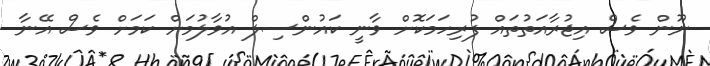
ނޫން ވެސް އިޖުރާއަތުތައް ފުރިހަމަކޮށް ވާނީ ކައުންސިލް އުވާލުމަށް ކަމަށް ވެސް އޭނާ